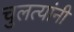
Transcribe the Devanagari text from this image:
चुलत्यांनी